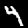
Label: 4